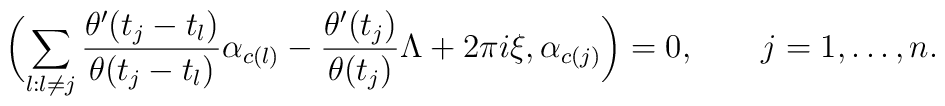
\biggl(\sum_{l:l\neq j}{\theta'(t_j-t_l)\over \theta(t_j-t_l)}\alpha_{c(l)}-{\theta'(t_j)\over \theta(t_j)}\Lambda+2\pi i\xi,\alpha_{c(j)}\biggr)=0, \qquad j=1,\dots, n.